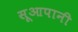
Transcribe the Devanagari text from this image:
सूआपानी